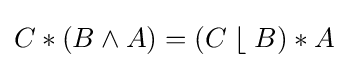
C*(B\wedge A)=(C\;\lfloor \;B)*A